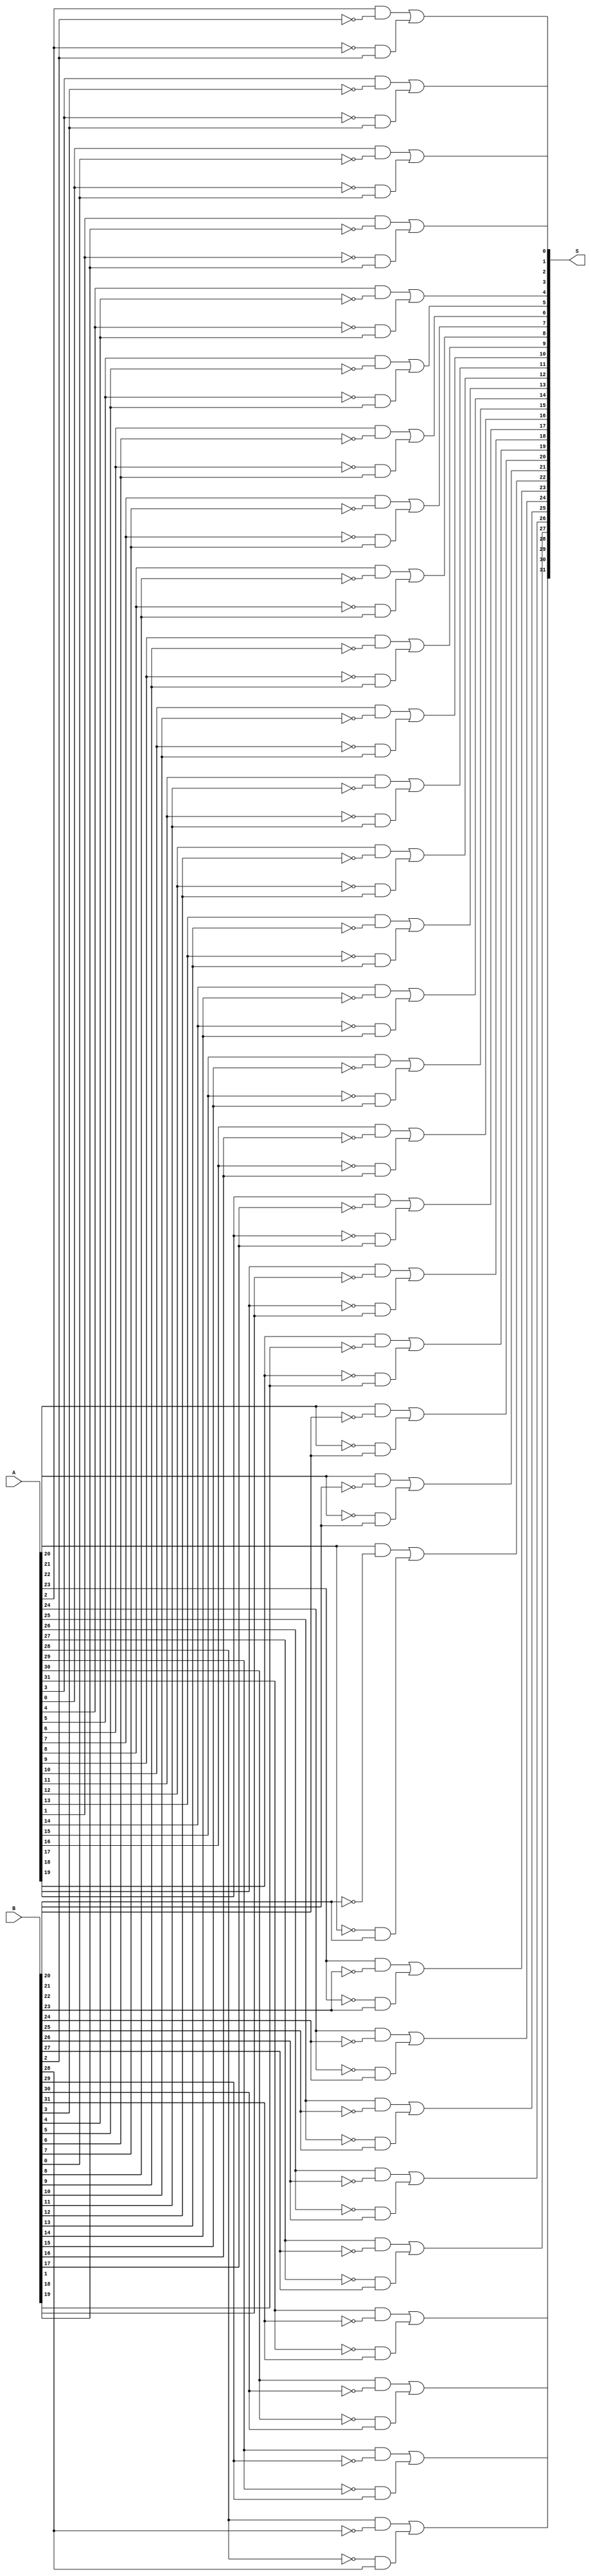
module bitwiseXOR(
    output [31:0] S,
    input [31:0] A,
    input [31:0] B
);
genvar i;
generate
for(i = 0;i < 32;i = i + 1) begin
    assign #2 S[i] = (A[i] & ~(B[i])) | (~(A[i]) & B[i]);
end
endgenerate
endmodule